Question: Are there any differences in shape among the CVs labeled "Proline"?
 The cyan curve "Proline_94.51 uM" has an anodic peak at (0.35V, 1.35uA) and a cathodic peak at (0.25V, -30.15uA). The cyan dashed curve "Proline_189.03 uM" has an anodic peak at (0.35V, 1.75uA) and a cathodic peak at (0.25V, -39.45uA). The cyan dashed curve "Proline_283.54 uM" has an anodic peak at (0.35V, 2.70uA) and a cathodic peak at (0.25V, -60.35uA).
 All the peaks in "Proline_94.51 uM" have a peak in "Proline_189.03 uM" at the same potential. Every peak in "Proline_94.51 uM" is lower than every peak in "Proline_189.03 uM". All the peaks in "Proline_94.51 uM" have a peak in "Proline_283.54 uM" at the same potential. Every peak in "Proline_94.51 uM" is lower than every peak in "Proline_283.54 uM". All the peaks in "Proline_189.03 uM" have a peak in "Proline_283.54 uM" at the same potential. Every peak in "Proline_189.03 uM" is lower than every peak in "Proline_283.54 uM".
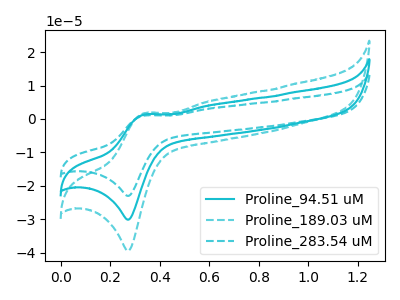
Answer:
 <answer>All the CV's of "Proline" have similar shape.</answer>
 <eval>follow_rule</eval>